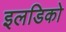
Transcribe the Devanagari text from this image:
इलडिको